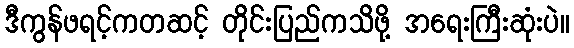
ဒီကွန်ဖရင့်ကတဆင့် တိုင်းပြည်ကသိဖို့ အရေးကြီးဆုံးပဲ။